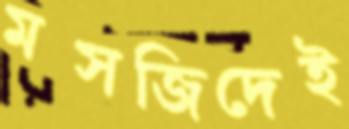
মসজিদেই